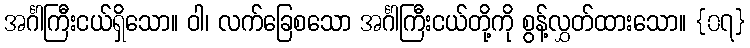
အင်္ဂါကြီးငယ်ရှိသော။ ဝါ၊ လက်ခြေစသော အင်္ဂါကြီးငယ်တို့ကို စွန့်လွှတ်ထားသော။ {၀၇}